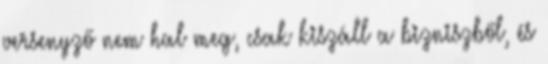
versenyző nem hal meg, csak kiszáll a bizniszből, és